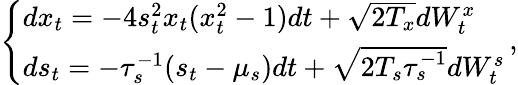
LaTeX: \begin{array}{r}{\left\{ \begin{array}{ll}{dx_{t}=-4s_{t}^{2}x_{t}(x_{t}^{2}-1)dt+\sqrt{2T_{x}}dW_{t}^{x}}\\ {ds_{t}=-\tau_{s}^{-1}(s_{t}-\mu_{s})dt+\sqrt{2T_{s}\tau_{s}^{-1}}dW_{t}^{s}}\end{array}\right.\, ,}\end{array}